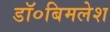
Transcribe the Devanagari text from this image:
डॉ०बिमलेश